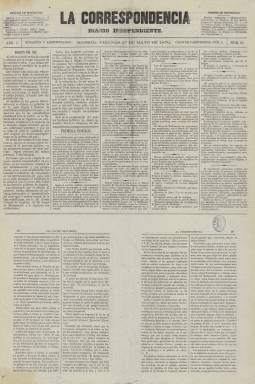
Título: La Correspondencia (Madrid. 1870)
Otros títulos: La Correspondencia universal
Colección: Periódicos
Ámbito geográfico: Madrid
Lugar de publicación: Madrid
Fechas: 27/05/1870-11/06/1870

El primer número de este título aparece el 18 de abril de 1870 (Hartzenbusch: 1870), aunque su colección en la Biblioteca Nacional de España (BNE) comienza en el número 40, correspondiente al 27 de mayo de ese año. Bajo su cabecera estampa el subtítulo “diario independiente”, indicando (en su información administrativa) estar “alejado de las ardientes luchas de la política”, sin inclinarse por ningún partido político, pero sin ser tampoco “enemigos sistemáticos ni de lo moderno ni de lo antiguo”, añadiendo que defiende un “programa verdaderamente nacional, de justicia y economías”.

De cuatro páginas por entrega, compuestas a cinco columnas, sus contenidos los estructura en secciones, y aunque indica que es un “diario de noticias nacionales y extranjeras”, bajo la que titula Boletín del día inserta una especie de artículos de fondo o editoriales. En la de Parte oficial recopila legislación publicada en la Gaceta de Madrid, y en la de Cortes constituyentes extracta las sesiones parlamentarias. También publica un folletín literario en el faldón de las dos primeras páginas, así como las secciones de Espectáculos (programación teatral), Bolsa de Madrid (cotizaciones) o Milicia ciudadana. Las noticias, reproducidas de otros periódicos o de fuentes propias, las inserta cronológicamente en secciones bajo los epígrafes Primera edición, Segunda edición y Tercera edición, además de tener otra bajo el de Partes telegráficos. La última plana es ocupada por la Sección de anuncios comerciales.

Tanto el título como la estructura de sus contenidos, serán muy parecidos a La Correspondencia de España (1859-1925), el periódico de mayor tirada de la prensa española en este periodo, con unos 50.000 ejemplares diarios, que durante estos años 1869-1870 estaba tomando partido a favor del duque de Montpensier, como uno de los aspirantes a la Corona de España, debido a la amistad personal que tenía su fundador, Manuel María Santa Ana (1820-1890) con Antonio Orleans (1824-1890). Esta “confusión” entre ambos diarios, obligará al editor o editores de La Correspondencia “a tomar de nuevo nuestro antiguo título” de La Correspondencia universal, a partir del doce de junio de ese mismo año 1870, siguiendo la numeración, cabecera esta que también forma parte de la Hemeroteca Digital de la BNE.